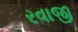
રવાજી